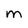
Character: M